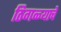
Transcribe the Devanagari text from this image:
ठिगळ्याचे